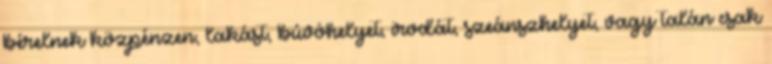
bérelnek közpénzen, lakást, búvóhelyet, irodát, szeánszhelyet, vagy talán csak